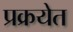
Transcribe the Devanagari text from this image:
प्रक्रयेत